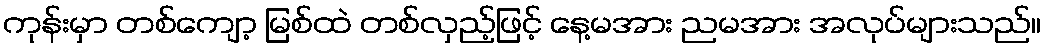
ကုန်းမှာ တစ်ကျော့ မြစ်ထဲ တစ်လှည့်ဖြင့် နေ့မအား ညမအား အလုပ်များသည်။